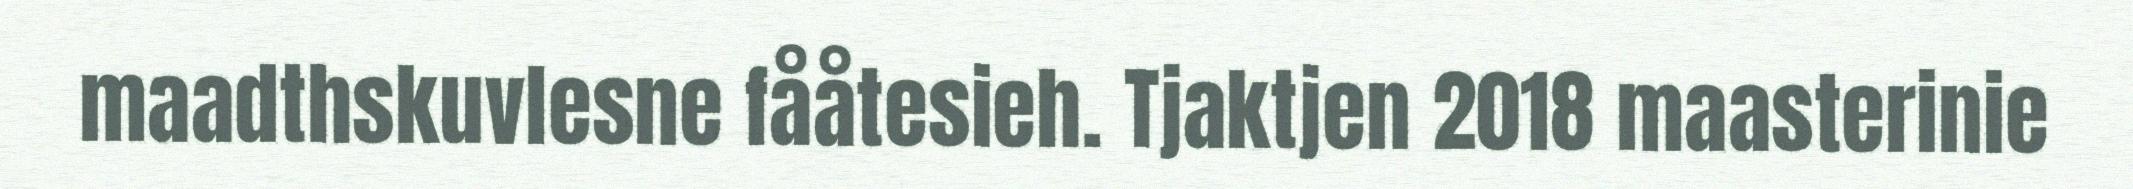
maadthskuvlesne fååtesieh. Tjaktjen 2018 maasterinie